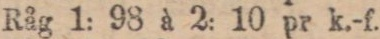
Råg 1: 98 à 2: 10 pr k.-f.